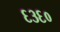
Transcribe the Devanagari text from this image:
६३६०